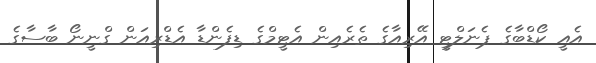
އެއީ ކޯޑްބާގެ ޕެނަލްޓީ އޭރިއާގެ ތެރެއިން އެޓީމްގެ ޑިފެންޑާ އެޑްރިއަން ގްނީނޯ ބާސާގެ